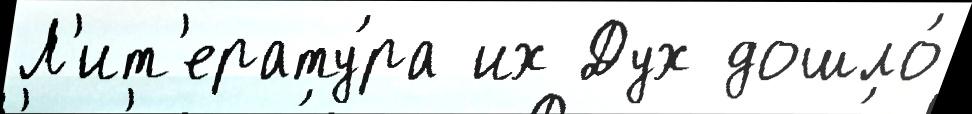
Л'ит'ерату́ра их Дух дошло́